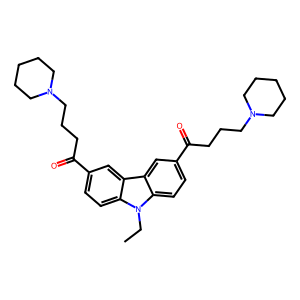
SMILES: CCn1c2ccc(C(=O)CCCN3CCCCC3)cc2c2cc(C(=O)CCCN3CCCCC3)ccc21
Inhibits HIV replication: No